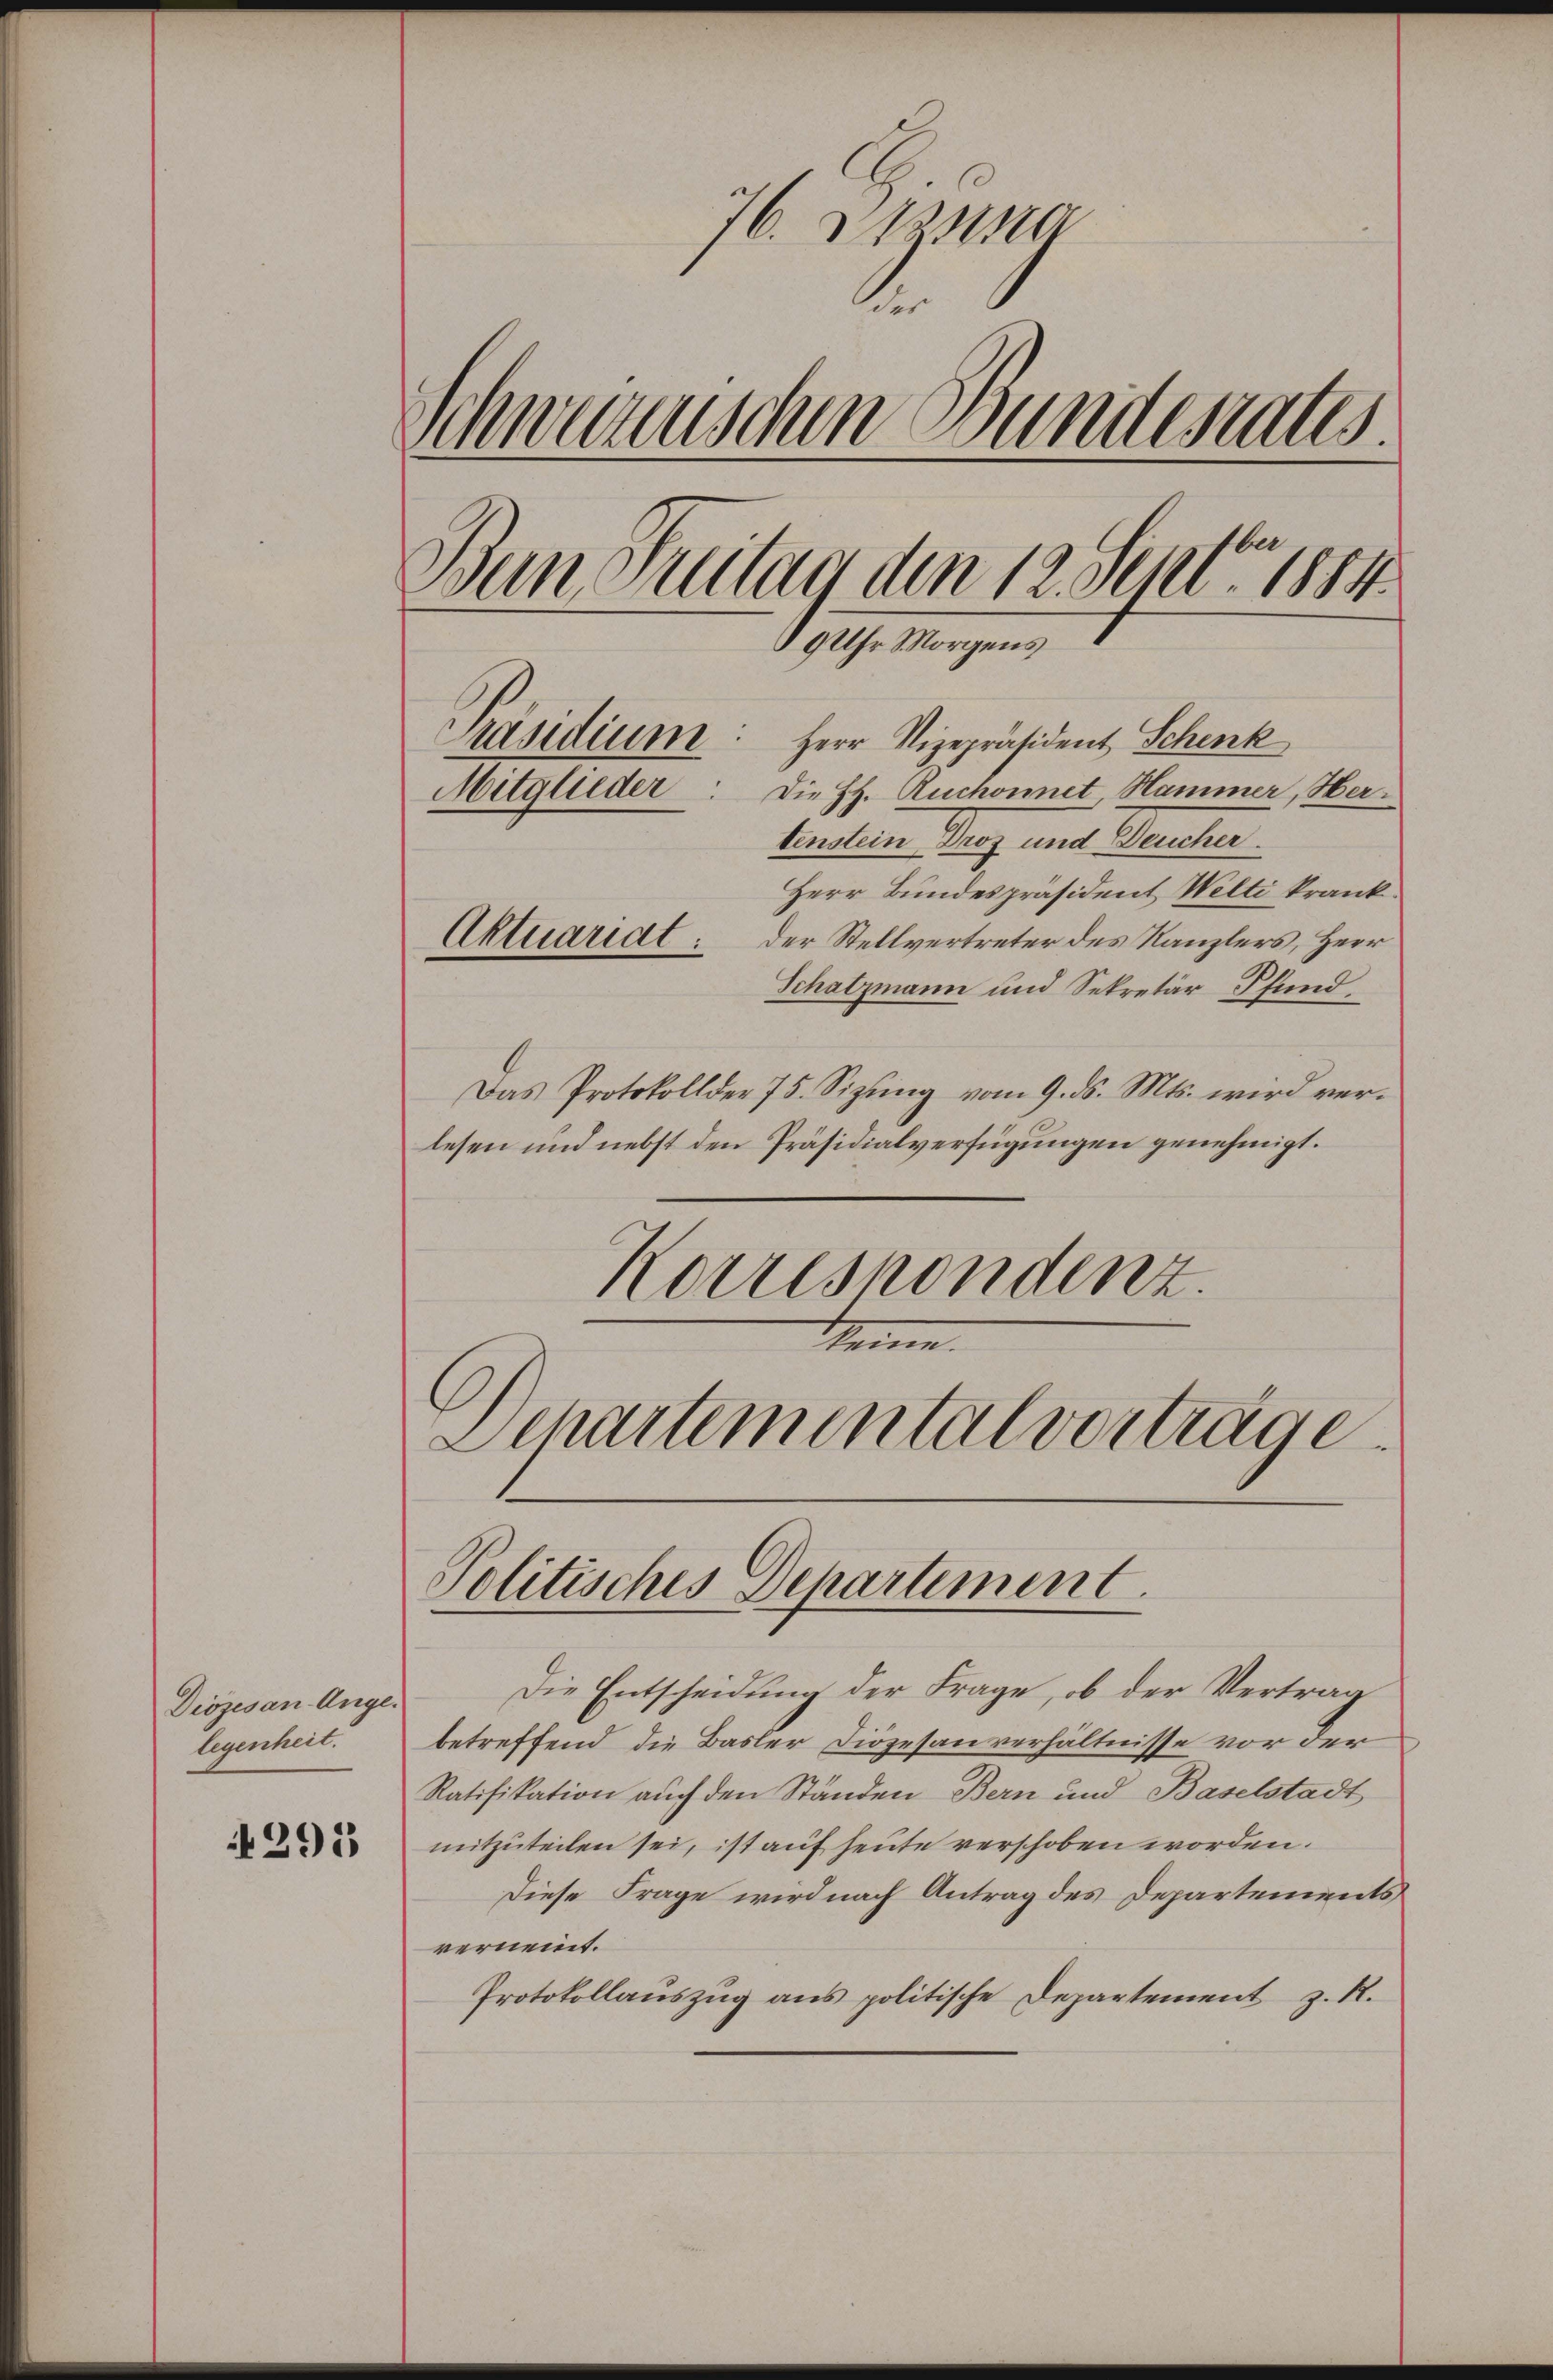
Diözesan-Angelegenheit.

291

76. 20
Schwerzenschen Bundesrates.
Bein Suitar den 12. Sept. 1884.
19 Uhr Morgen,
Präsidium: Herr Vizepräsident Schenk
Mitglieder: Die H. Ruchonnet Hammer, Hertenden Trog und Deuche.
Herr Bundespräsident Welti krank
der Stellvertreter des Kanzlers, Herr
Aktuariat:
Schatzmann und Sekretär Pfund

Das Protokoll der 75. Sizung vom 9. ds. Mts. wird verlesen und nebst den Präsidialverfügungen genehmigt.
Korrespondenz.
Schartementalverträge

Politisches Departement.

Die Entscheidung der Frage, ob der Vertrag
betreffend die Basler Diözesanverhältnisse vor der
Ratifikation auch den Ständen Bern und Baselstadt
mitzuteilen sei, ist auf heute verschoben worden.
Diese Frage wird nach Antrag des Departements
vernennt.
Protokollauszug aus politische Departement z. R.